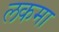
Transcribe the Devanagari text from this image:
लकमा